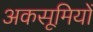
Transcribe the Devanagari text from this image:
अकसूमियों